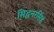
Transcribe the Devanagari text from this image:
सिद्धनरसिंह